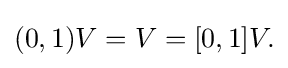
{\textstyle (0,1)V=V=[0,1]V.}